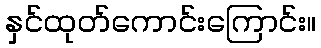
နှင်ထုတ်ကောင်းကြောင်း။